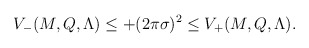
\begin{align*}V_-(M,Q,\Lambda) \leq + (2\pi\sigma)^2 \leq V_+(M,Q,\Lambda).\end{align*}